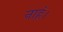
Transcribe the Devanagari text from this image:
नाहं।